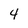
Character: 4